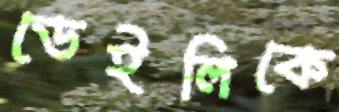
ডেইলিকে